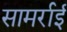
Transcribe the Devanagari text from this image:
सामर्राई